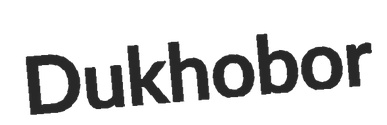
Dukhobor